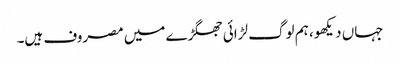
جہاں دیکھو، ہم لوگ لڑائی جھگڑے میں مصروف ہیں۔